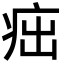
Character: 㽾